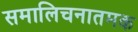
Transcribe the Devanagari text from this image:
समालिचनातमक